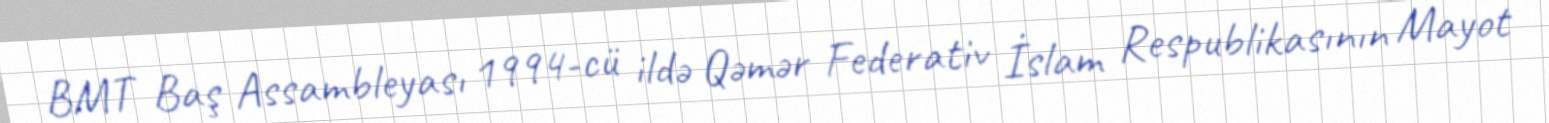
BMT Baş Assambleyası 1994-cü ildə Qəmər Federativ İslam Respublikasının Mayot